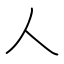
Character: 人